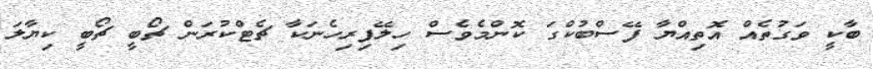
ބާކީ ވަގުތެއް އޮތިއްޔާ ފޭސްބުކްގަ ކޮންމެވެސް ހިލޭފިރިހެނަކާ ޗެޓްކުރަން ޗޯބީ ޗޯބީ ކިޔާލަ